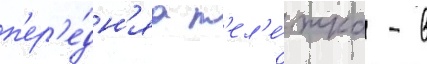
п'ер'е́дн'яа т'ел'е́жка - в